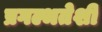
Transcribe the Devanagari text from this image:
प्रगल्भतेशी